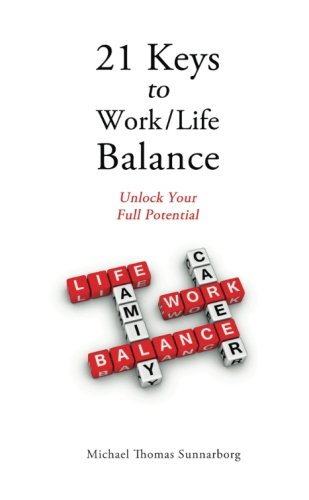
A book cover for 21 Keys to Work/Life Balance: Unlock Your Full Potential; Michael Thomas Sunnarborg; Business & Money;